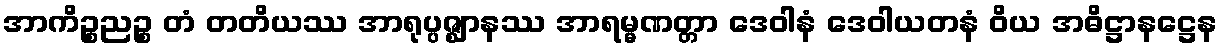
အာကိဉ္စညဉ္စ တံ တတိယဿ အာရုပ္ပဇ္ဈာနဿ အာရမ္မဏတ္တာ ဒေဝါနံ ဒေဝါယတနံ ဝိယ အဓိဋ္ဌာနဋ္ဌေန